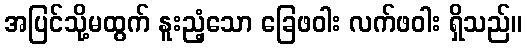
အပြင်သို့မထွက် နူးညံ့သော ခြေဖဝါး လက်ဖဝါး ရှိသည်။